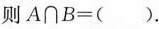
则$$A ∩ B = ( )$$.